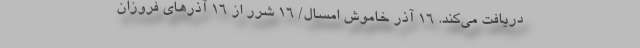
دریافت می‌کند. 16 آذرِ خاموشِ امسال/ 16 شَرَر از 16 آذرهای فروزان